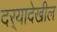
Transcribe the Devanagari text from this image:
दर्‍यादेखील